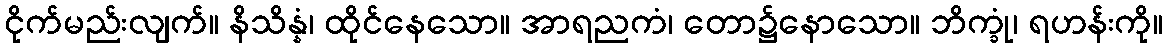
ငိုက်မည်းလျက်။ နိသိန္နံ၊ ထိုင်နေသော။ အာရညကံ၊ တော၌နောသော။ ဘိက္ခုံ၊ ရဟန်းကို။